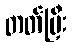
တတ်ပြီး